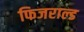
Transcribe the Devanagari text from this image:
फिजराल्ड